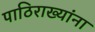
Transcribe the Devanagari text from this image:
पाठिराख्यांना